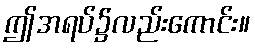
ဤအရပ်၌လည်းကောင်း။